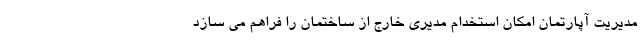
مدیریت آپارتمان امکان استخدام مدیری خارج از ساختمان را فراهم می سازد